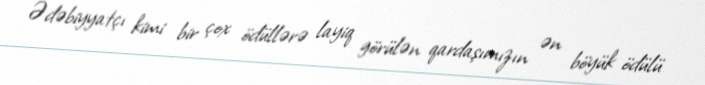
Ədəbiyyatçı kimi bir çox ödüllərə layiq görülən qardaşımızın ən böyük ödülü